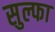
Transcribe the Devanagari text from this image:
सुल्फा